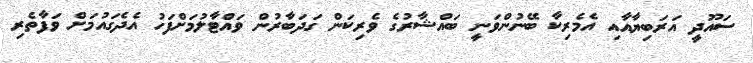
ސައޫދީ އަރަބިޔާއާއި އެމެރިކާ ބޭނުންވަނީ ބައްޝާރުގެ ވެރިކަން ގަދަބާރުން ވައްޓާލުމަށްފަހު އެދެގައުމަށް ވަފާތެރި